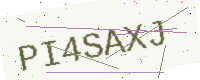
Text: PI4SAXJ